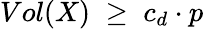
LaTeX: Vol(X)\; \geq\; c_{d}\cdot p